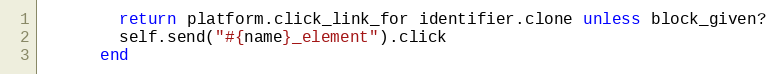
Language: Ruby
        return platform.click_link_for identifier.clone unless block_given?
        self.send("#{name}_element").click
      end